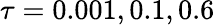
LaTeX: \tau=0.001,0.1,0.6